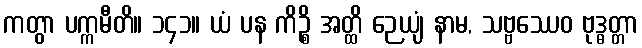
ကတွာ ပက္ကမီတိ။ ၁၄၁။ ယံ ပန ကိဉ္စိ အတ္ထိ ဉေယျံ နာမ, သဗ္ဗဿေဝ ဗုဒ္ဓတ္တာ